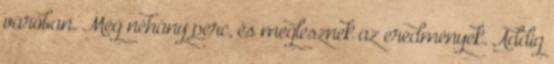
váróban. Még néhány perc, és meglesznek az eredmények. Addig